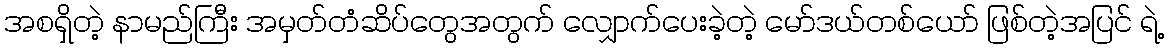
အစရှိတဲ့ နာမည်ကြီး အမှတ်တံဆိပ်တွေအတွက် လျှောက်ပေးခဲ့တဲ့ မော်ဒယ်တစ်ယော် ဖြစ်တဲ့အပြင် ရဲ့